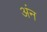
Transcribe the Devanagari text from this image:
अंन